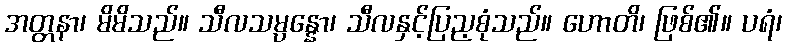
အတ္တနာ၊ မိမိသည်။ သီလသမ္ပန္နော၊ သီလနှင့်ပြည့စုံသည်။ ဟောတိ၊ ဖြစ်၏။ ပရံ၊